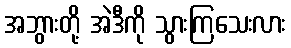
အဘွားတို့ အဲဒီကို သွားကြသေးလား